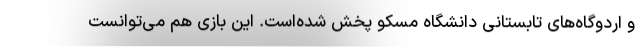
و اردوگاه‌های تابستانی دانشگاه مسکو پخش شده‌است. این بازی هم می‌توانست